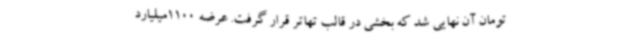
تومان آن نهایی شد که بخشی در قالب تهاتر قرار گرفت. عرضه 1100میلیارد